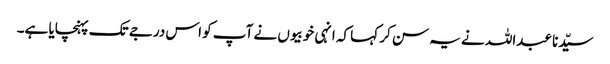
سیّدنا عبداللہ نے یہ سن کر کہا کہ انہی خوبیوں نے آپ کو اس درجے تک پہنچایا ہے۔